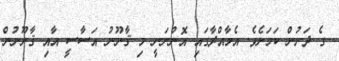
ގެ ދަށުން ކަމަށެވެ. އެމާއްދާގައި އޮންނަނީ މި ޤާނޫނު އަސާސީ އާއި ޤާނޫނުން